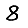
Digit: 8